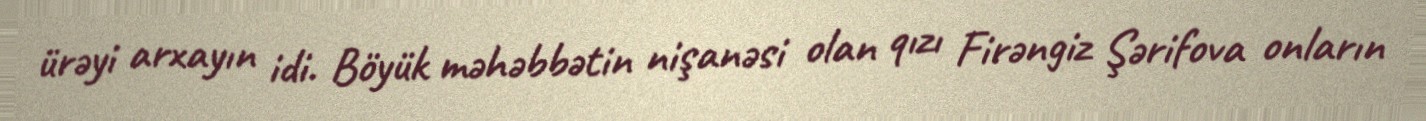
ürəyi arxayın idi. Böyük məhəbbətin nişanəsi olan qızı Firəngiz Şərifova onların